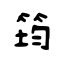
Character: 筠